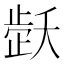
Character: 𬆇